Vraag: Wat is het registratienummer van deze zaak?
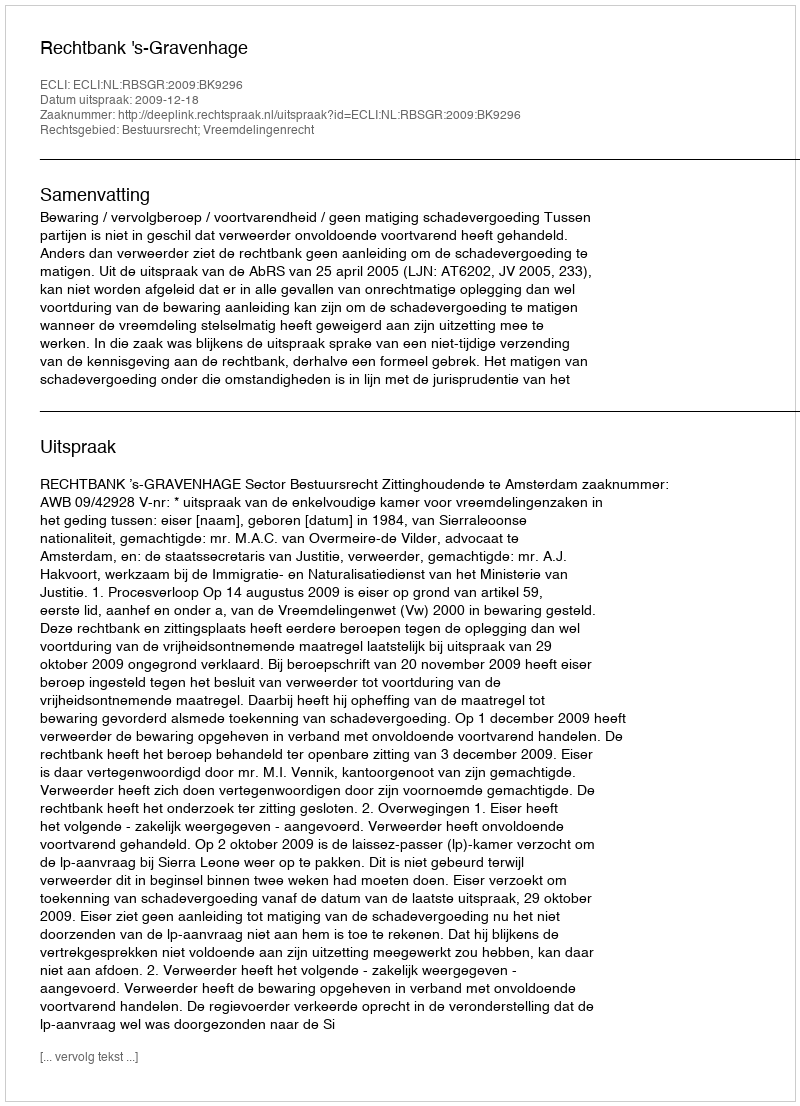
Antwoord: http://deeplink.rechtspraak.nl/uitspraak?id=ECLI:NL:RBSGR:2009:BK9296